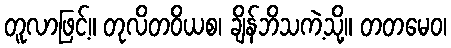
တူလာဖြင့်။ တုလိတဝိယစ၊ ချိန်ဘိသကဲ့သို့။ တတမေဝ၊